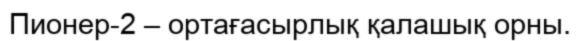
Пионер-2 – ортағасырлық қалашық орны.